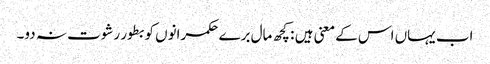
اب یہاں اس کے معنی ہیں : کچھ مال برے حکمرانوں کو بطور رشوت نہ دو۔